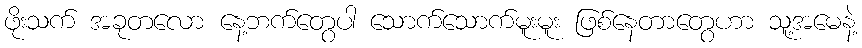
ဖိုးသက် အခုတလော နေ့ဘက်တွေပါ သောက်သောက်မူးမူး ဖြစ်နေတာတွေဟာ သူ့အမေနဲ့